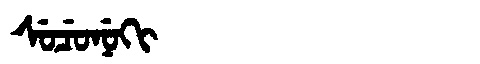
Manchu: ᠰᡠᠴᡠᠨᡠᡴᡳ
Romanization: SUCUNUKI